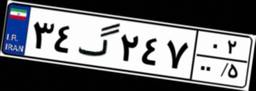
۳۴گ۲۴۷۰۲